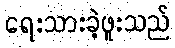
ရေးသားခဲ့ဖူးသည်